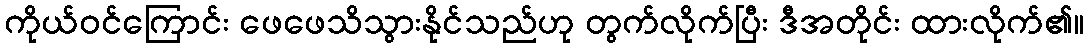
ကိုယ်ဝင်ကြောင်း ဖေဖေသိသွားနိုင်သည်ဟု တွက်လိုက်ပြီး ဒီအတိုင်း ထားလိုက်၏။